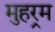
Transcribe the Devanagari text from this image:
मुहर्‍म